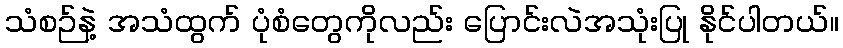
သံစဉ်နဲ့ အသံထွက် ပုံစံတွေကိုလည်း ပြောင်းလဲအသုံးပြု နိုင်ပါတယ်။